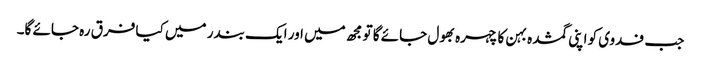
جب فدوی کو اپنی گمشدہ بہن کا چہرہ بھول جائے گا تو مجھ میں اور ایک بندر میں کیا فرق رہ جائے گا۔